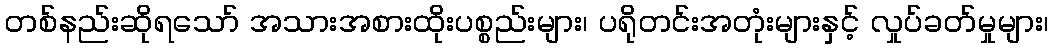
တစ်နည်းဆိုရသော် အသားအစားထိုးပစ္စည်းများ၊ ပရိုတင်းအတုံးများနှင့် လှုပ်ခတ်မှုများ၊